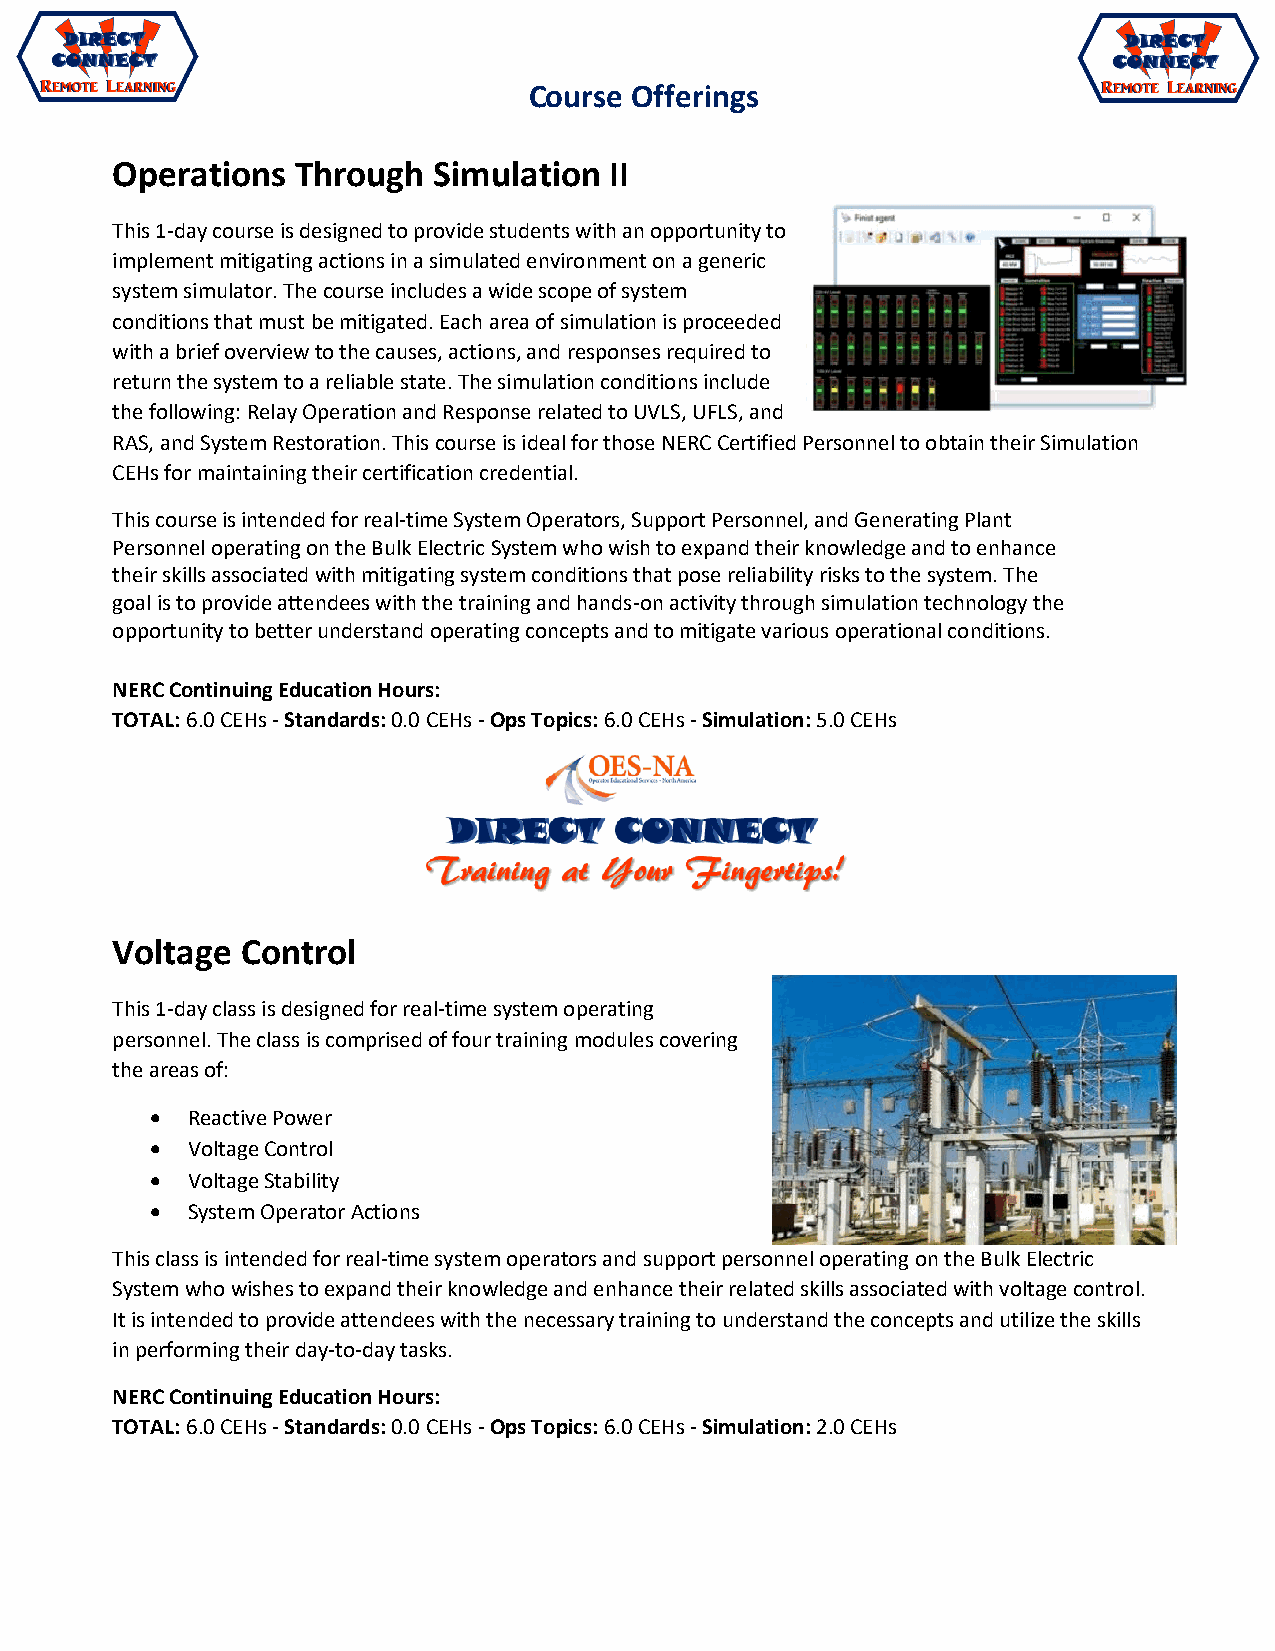
Course Offerings
 Operations   Through  Simulation II
 This 1-day course is designed to provide students with an opportunity to
 implement mitigating actions in a simulated environment on a generic
 system simulator. The course includes a wide scope of system
 conditions that must be mitigated. Each area of simulation is proceeded
 with a brief overview to the causes, actions, and responses required to
 return the system to a reliable state. The simulation conditions include
 the following: Relay Operation and Response related to UVLS, UFLS, and
 RAS, and System Restoration. This course is ideal for those NERC Certified Personnel to obtain their Simulation
 CEHs for maintaining their certification credential.
 This course is intended for real-time System Operators, Support Personnel, and Generating Plant
 Personnel operating on the Bulk Electric System who wish to expand their knowledge and to enhance
 their skills associated with mitigating system conditions that pose reliability risks to the system. The
 goal is to provide attendees with the training and hands-on activity through simulation technology the
 opportunity to better understand operating concepts and to mitigate various operational conditions.
 NERC Continuing Education Hours:
 TOTAL: 6.0 CEHs - Standards: 0.0 CEHs - Ops Topics: 6.0 CEHs - Simulation: 5.0 CEHs
 Voltage  Control
 This 1-day class is designed for real-time system operating
 personnel. The class is comprised of four training modules covering
 the areas of:
 • Reactive Power
 • Voltage Control
 • Voltage Stability
 • System Operator Actions
 This class is intended for real-time system operators and support personnel operating on the Bulk Electric
 System who wishes to expand their knowledge and enhance their related skills associated with voltage control.
 It is intended to provide attendees with the necessary training to understand the concepts and utilize the skills
 in performing their day-to-day tasks.
 NERC Continuing Education Hours:
 TOTAL: 6.0 CEHs - Standards: 0.0 CEHs - Ops Topics: 6.0 CEHs - Simulation: 2.0 CEHs